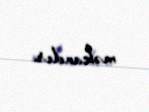
məkandır.